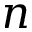
n